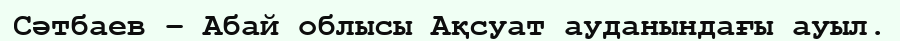
Сәтбаев – Абай облысы Ақсуат ауданындағы ауыл.